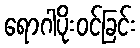
ရောဂါပိုးဝင်ခြင်း